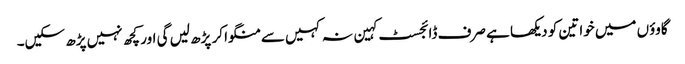
گاوؤں میں خواتین کو دیکھا ہے صرف ڈائجسٹ کہین نہ کہیں سے منگوا کر پڑھ لیں گی اور کچھ نہیں پڑھ سکیں۔